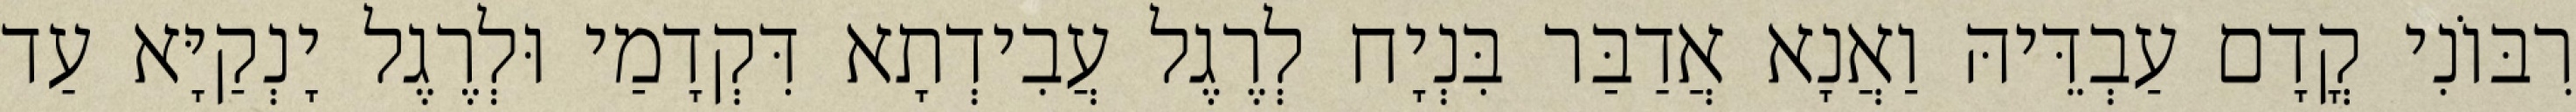
רִבּוֹנִי קֳדָם עַבְדֵּיהּ וַאֲנָא אֲדַבַּר בִּנְיָח לְרֶגֶל עֲבִידְתָא דִּקְדָמַי וּלְרֶגֶל יָנְקַיָּא עַד